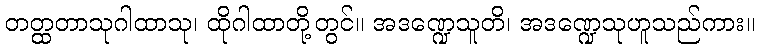
တတ္ထတာသုဂါထာသု၊ ထိုဂါထာတို့တွင်။ အဒဏ္ဍေသူတိ၊ အဒဏ္ဍေသုဟူသည်ကား။